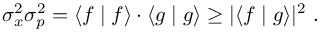
\sigma _ { x } ^ { 2 } \sigma _ { p } ^ { 2 } = \langle f \mid f \rangle \cdot \langle g \mid g \rangle \geq | \langle f \mid g \rangle | ^ { 2 } ~ .